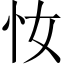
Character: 𢖵